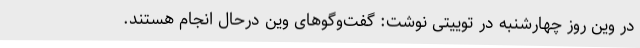
در وین روز چهارشنبه در توییتی نوشت: گفت‌وگوهای وین درحال انجام هستند.